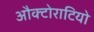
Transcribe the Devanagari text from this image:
औक्टोराटियो